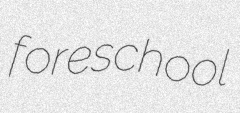
foreschool